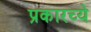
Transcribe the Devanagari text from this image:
प्रकारच्ये